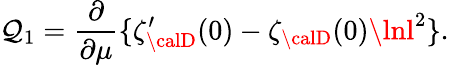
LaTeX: \mathcal{Q}_{1}=\frac{{\partial}}{{\partial\mu}}\{ \zeta_{\calD}^{\prime}(0)-\zeta_{\calD}(0)\lnl^{2}\} .